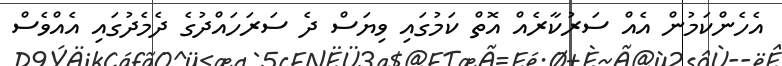
އެހެންކަމުން އެއް ސަރުކާރެއް އޮތް ކަމުގައި ވިޔަސް ދެ ސަރަހައްދުގެ ދެމެދުގައި އެއްވެސް